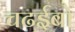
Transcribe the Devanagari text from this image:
चढईबो